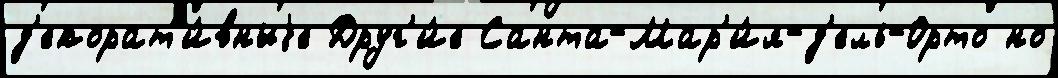
д'екорат'и́вныjе Друг'и́е Санта-Мар'и́я-д'ель-Орто но